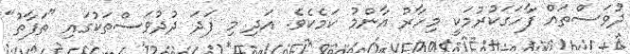
ދުވަސްތައް ފާހަގަކުރުމަކީ މިހާރު އާންމު ކަމެކެވެ. އަދި މި ފަދަ ދުދުވަސްތަކުގައި "ތަފާތު"